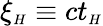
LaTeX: \xi_{{\scriptscriptstyle H}}\equiv ct_{{\scriptscriptstyle H}}